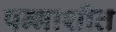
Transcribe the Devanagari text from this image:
पन्‍नाशीत